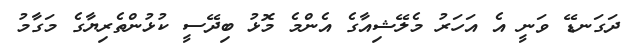
ދަގަނޑޭ ވަނީ އެ އަހަރު މެލޭޝިއާގެ އެންމެ މޮޅު ބިދޭސީ ކުޅުންތެރިޔާގެ މަގާމު